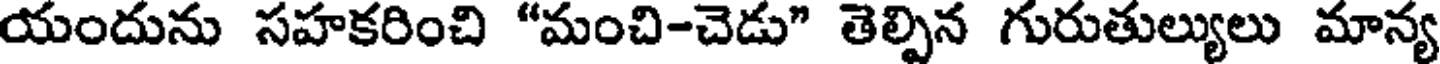
యందును సహకరించి "మంచి-చెడు" తెల్పిన గురుతుల్యులు మాన్య